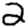
Digit: 2